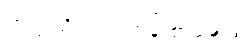
တက္ကသိုလ်ဝင်တန်းစာမေးပွဲ